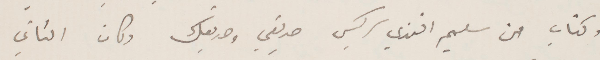
وكتاب من سليم افندي سركيس صديقي وصديقك وكان الثاني